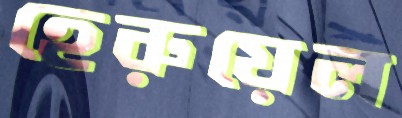
হেরুয়েল